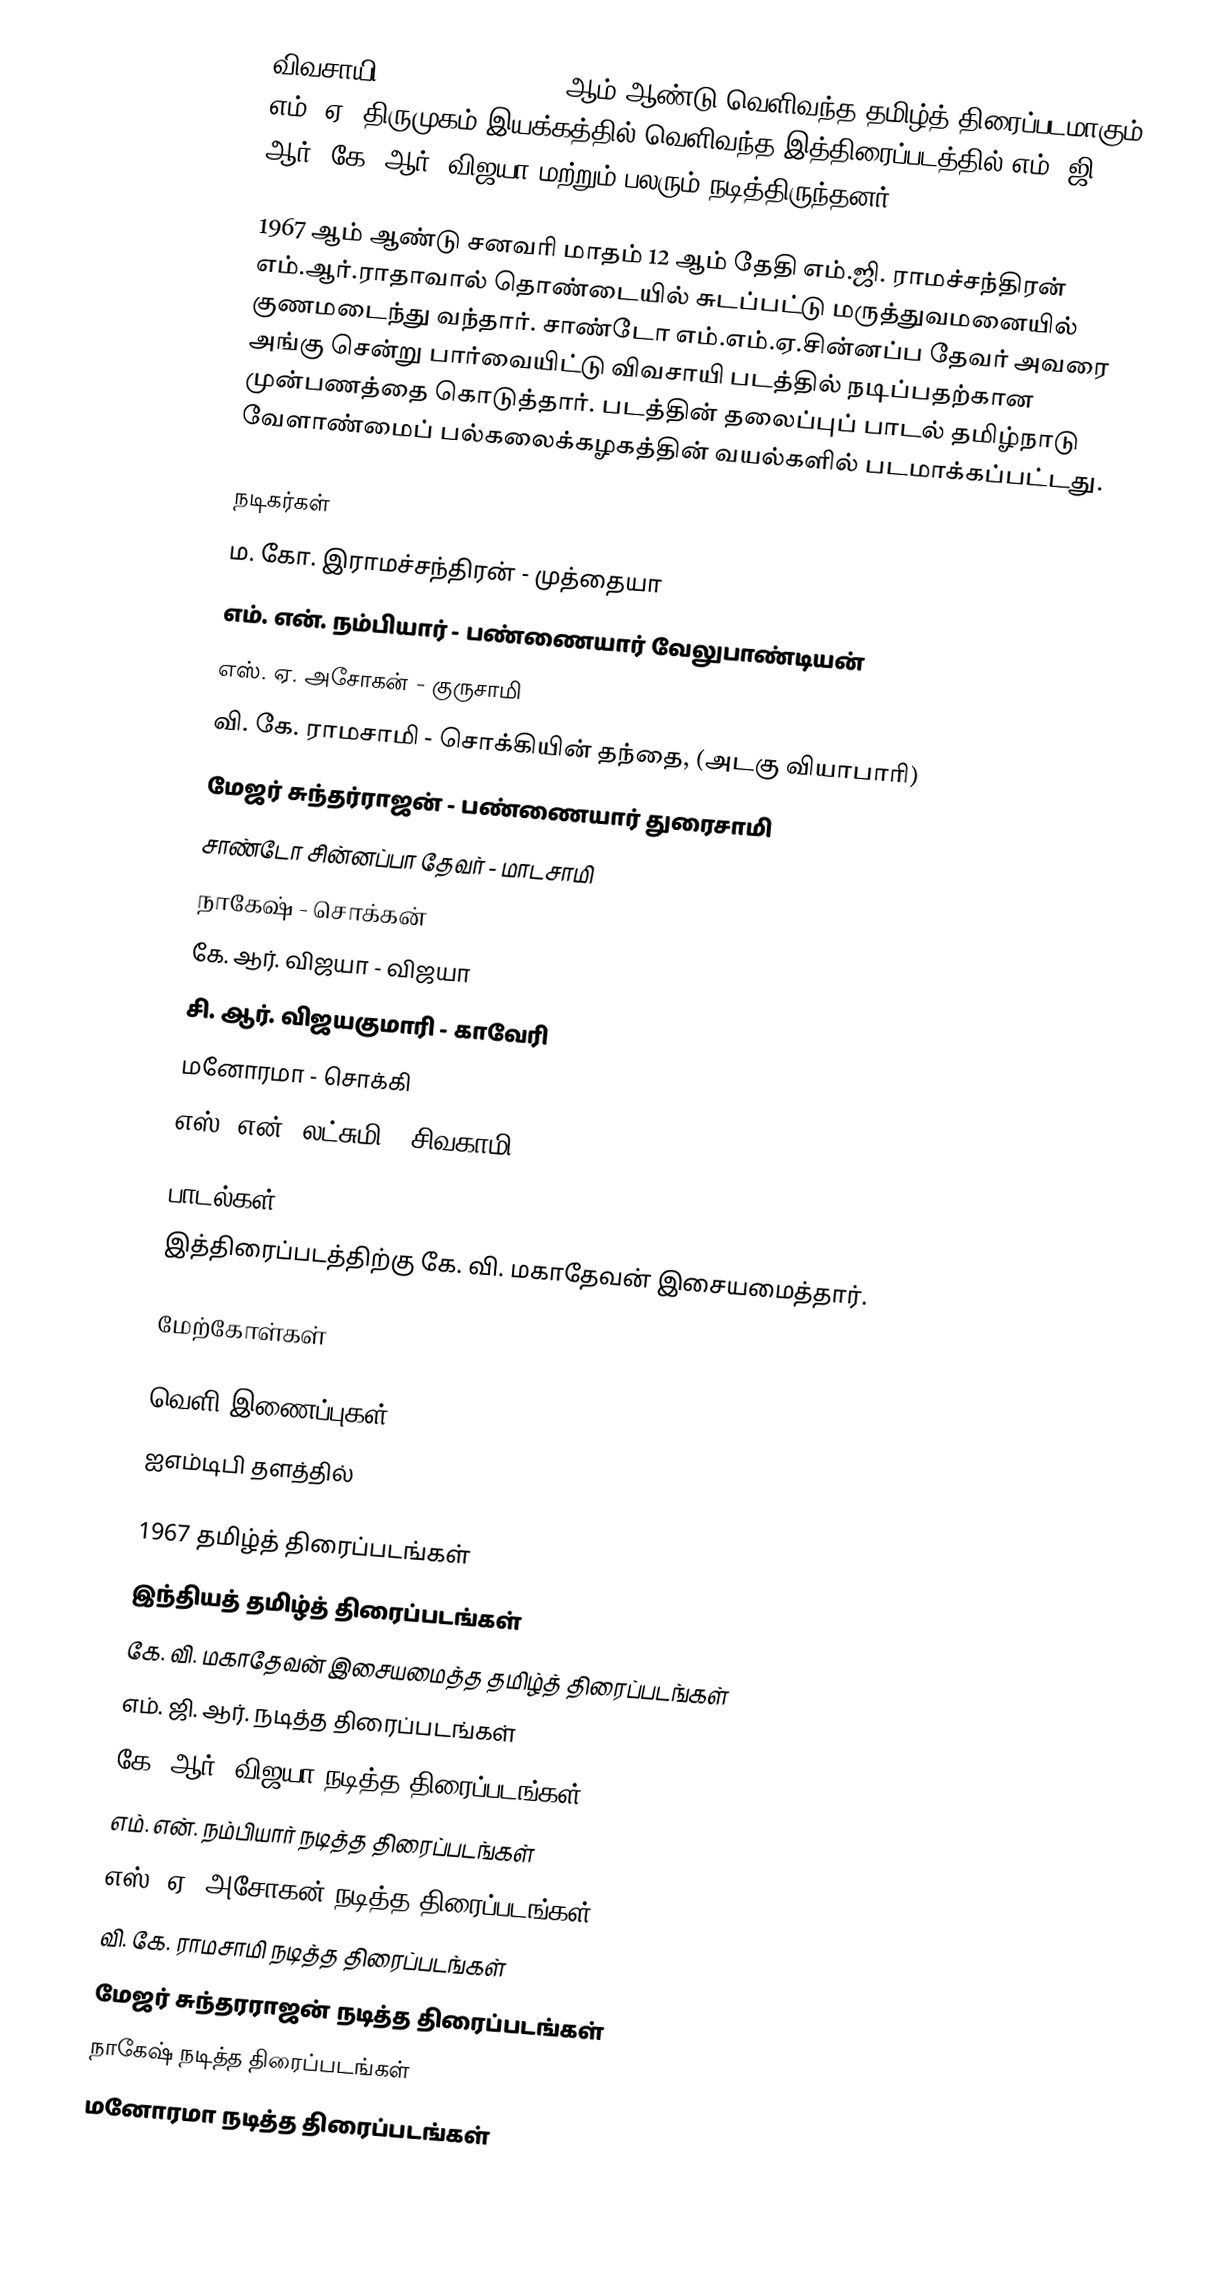
விவசாயி (Vivasaayee) 1967 ஆம் ஆண்டு வெளிவந்த தமிழ்த் திரைப்படமாகும். எம். ஏ. திருமுகம் இயக்கத்தில் வெளிவந்த இத்திரைப்படத்தில் எம். ஜி. ஆர், கே. ஆர். விஜயா மற்றும் பலரும் நடித்திருந்தனர்.

1967 ஆம் ஆண்டு சனவரி மாதம் 12 ஆம் தேதி எம்.ஜி. ராமச்சந்திரன் எம்.ஆர்.ராதாவால் தொண்டையில் சுடப்பட்டு மருத்துவமனையில் குணமடைந்து வந்தார். சாண்டோ எம்.எம்.ஏ.சின்னப்ப தேவர் அவரை அங்கு சென்று பார்வையிட்டு விவசாயி படத்தில் நடிப்பதற்கான முன்பணத்தை கொடுத்தார். படத்தின் தலைப்புப் பாடல் தமிழ்நாடு வேளாண்மைப் பல்கலைக்கழகத்தின் வயல்களில் படமாக்கப்பட்டது.

நடிகர்கள்
 ம. கோ. இராமச்சந்திரன் - முத்தையா
 எம். என். நம்பியார் - பண்ணையார் வேலுபாண்டியன்
 எஸ். ஏ. அசோகன் - குருசாமி
 வி. கே. ராமசாமி - சொக்கியின் தந்தை, (அடகு வியாபாரி)
 மேஜர் சுந்தர்ராஜன் - பண்ணையார் துரைசாமி
 சாண்டோ சின்னப்பா தேவர் - மாடசாமி
 நாகேஷ் - சொக்கன்
 கே. ஆர். விஜயா - விஜயா
 சி. ஆர். விஜயகுமாரி - காவேரி
 மனோரமா - சொக்கி
 எஸ். என். லட்சுமி - சிவகாமி

பாடல்கள்
இத்திரைப்படத்திற்கு கே. வி. மகாதேவன் இசையமைத்தார்.

மேற்கோள்கள்

வெளி இணைப்புகள்
 ஐஎம்டிபி தளத்தில்

1967 தமிழ்த் திரைப்படங்கள்
இந்தியத் தமிழ்த் திரைப்படங்கள்
கே. வி. மகாதேவன் இசையமைத்த தமிழ்த் திரைப்படங்கள்
எம். ஜி. ஆர். நடித்த திரைப்படங்கள்
கே. ஆர். விஜயா நடித்த திரைப்படங்கள்
எம். என். நம்பியார் நடித்த திரைப்படங்கள்
எஸ். ஏ. அசோகன் நடித்த திரைப்படங்கள்
வி. கே. ராமசாமி நடித்த திரைப்படங்கள்
மேஜர் சுந்தரராஜன் நடித்த திரைப்படங்கள்
நாகேஷ் நடித்த திரைப்படங்கள்
மனோரமா நடித்த திரைப்படங்கள்